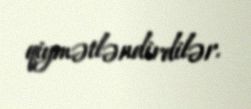
qiymətləndirdilər.